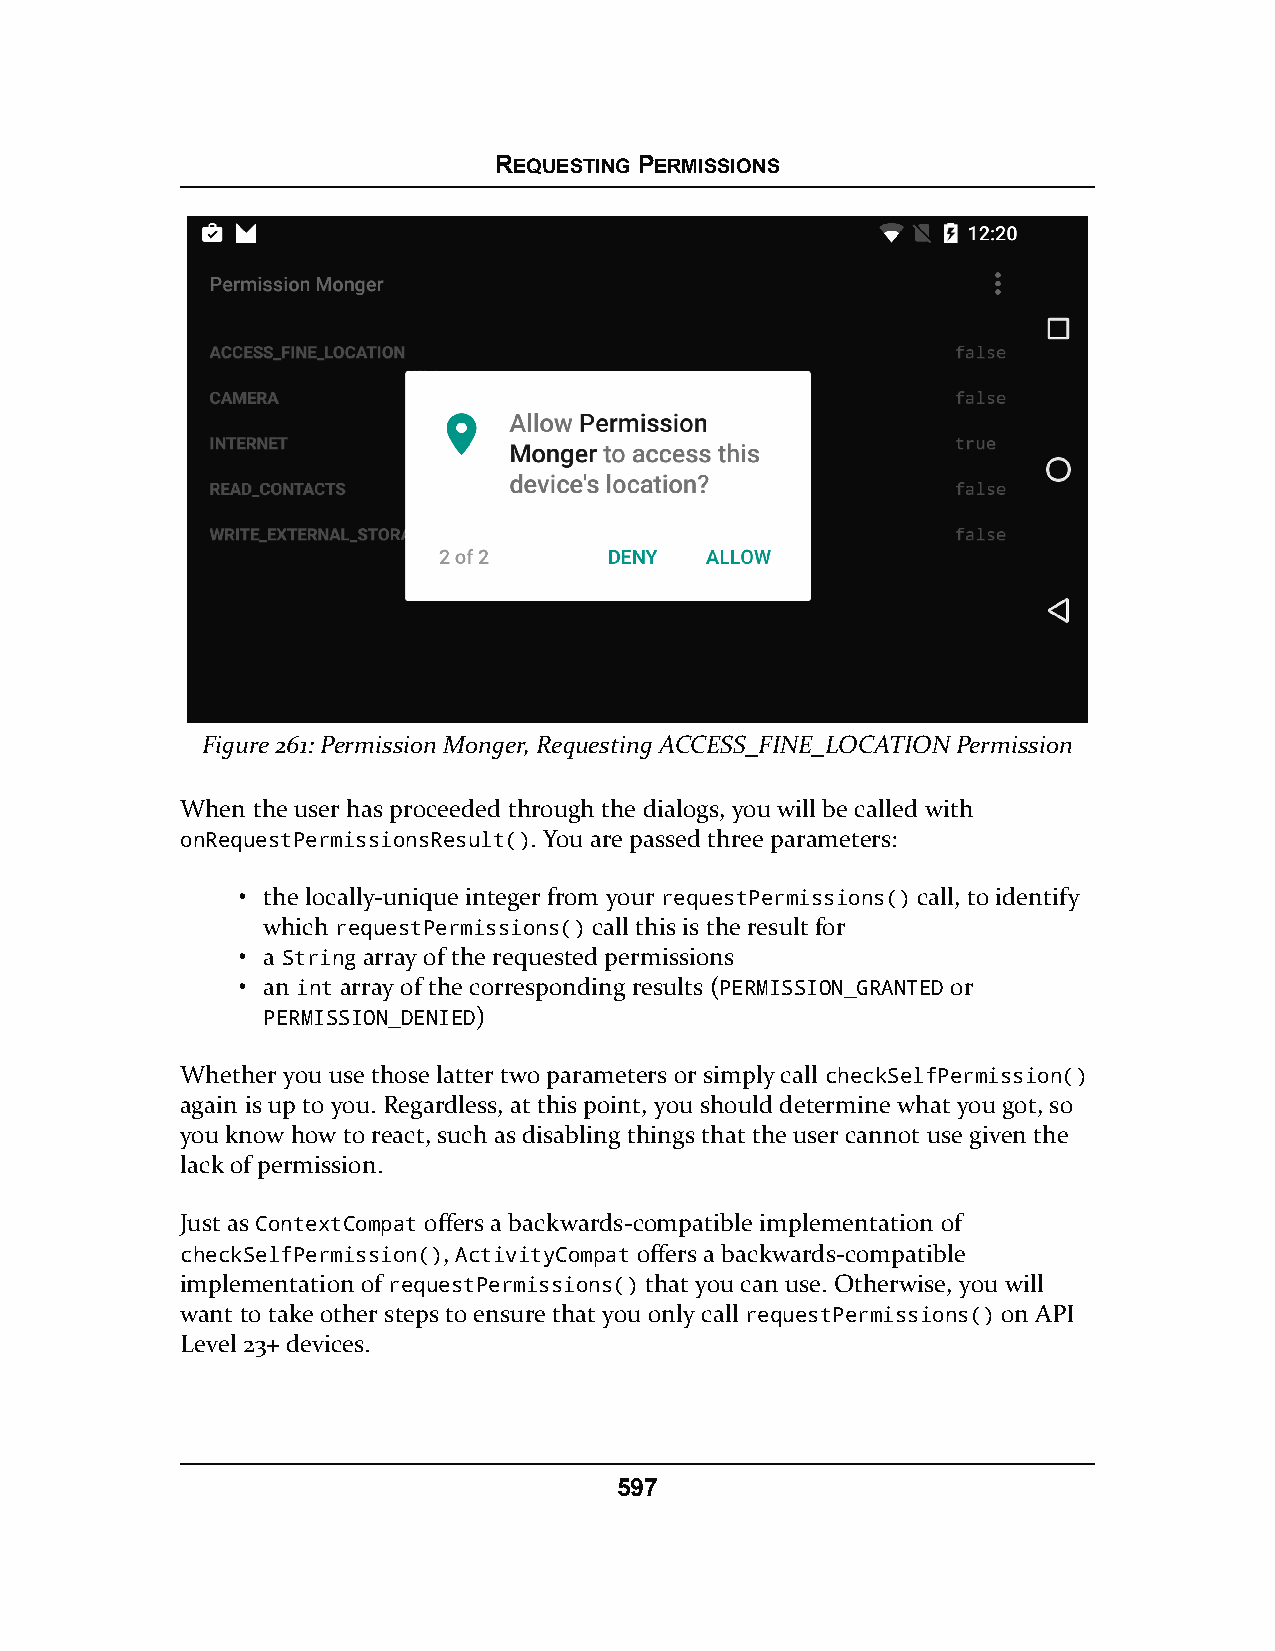
REQUESTING PERMISSIONS
 Figure 261: Permission Monger, Requesting ACCESS_FINE_LOCATION Permission
 When the user has proceeded through the dialogs, you will be called with
 onRequestPermissionsResult(). You are passed three parameters:
 • the locally-unique integer from your requestPermissions() call, to identify
 which requestPermissions() call this is the result for
 • a String array of the requested permissions
 • an int array of the corresponding results (PERMISSION_GRANTED or
 PERMISSION_DENIED)
 Whether you use those latter two parameters or simply call checkSelfPermission()
 again is up to you. Regardless, at this point, you should determine what you got, so
 you know how to react, such as disabling things that the user cannot use given the
 lack of permission.
 Just as ContextCompat offers a backwards-compatible implementation of
 checkSelfPermission(), ActivityCompat offers a backwards-compatible
 implementation of requestPermissions() that you can use. Otherwise, you will
 want to take other steps to ensure that you only call requestPermissions() on API
 Level 23+ devices.
 597